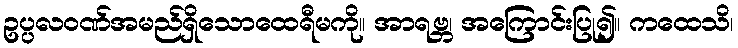
ဥပ္ပလဝဏ်အမည်ရှိသောထေရီမကို။ အာရဗ္ဘ၊ အကြောင်းပြု၍။ ကထေသိ၊